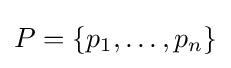
P=\{p_{1},\ldots ,p_{n}\}